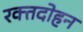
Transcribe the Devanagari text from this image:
रक्तदोहन